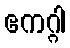
ဧကဂ္ဂါ